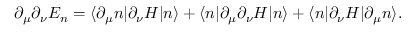
\partial _ { \mu } \partial _ { \nu } E _ { n } = \langle \partial _ { \mu } n | \partial _ { \nu } H | n \rangle + \langle n | \partial _ { \mu } \partial _ { \nu } H | n \rangle + \langle n | \partial _ { \nu } H | \partial _ { \mu } n \rangle .